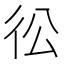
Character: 彸